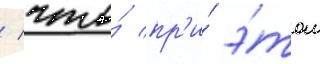
/ что́ пр'и́ э́том